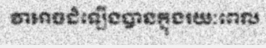
វាអាចដំឡើងបានក្នុងរយៈពេល